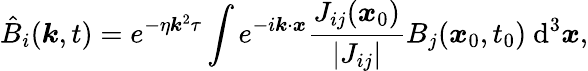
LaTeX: \hat{B}_{i}(\boldsymbol{k},t)=e^{-\eta\boldsymbol{k}^{2}\tau}\int e^{-i\boldsymbol{k}\cdot\boldsymbol{x}}\frac{J_{ij}(\boldsymbol{x}_{0})}{|J_{ij}|}B_{j}(\boldsymbol{x}_{0},t_{0})~\mathrm{d}^{3}\boldsymbol{x},